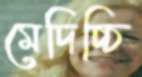
মেদিচ্চি